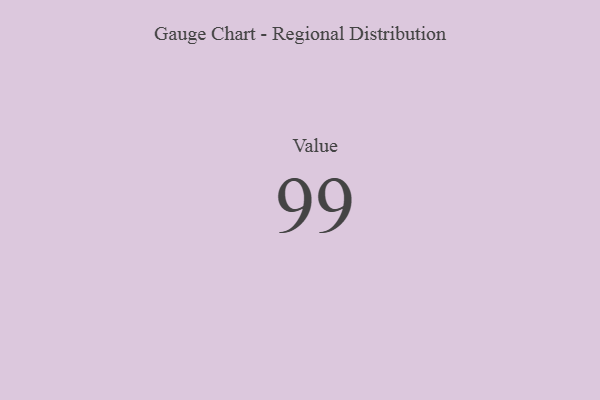
{"axis": {"x": "Metric", "y": "Value"}, "legend": [""], "data": [{"x": "Value", "y": 99, "type": ""}]}